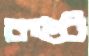
কষ্ট